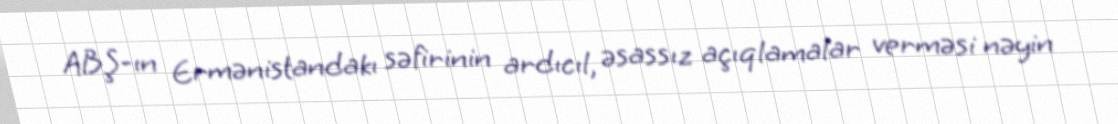
ABŞ-ın Ermənistandakı səfirinin ardıcıl, əsassız açıqlamalar verməsi nəyin